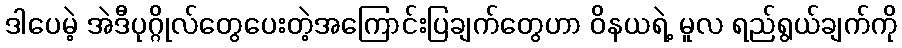
ဒါပေမဲ့ အဲဒီပုဂ္ဂိုလ်တွေပေးတဲ့အကြောင်းပြချက်တွေဟာ ဝိနယရဲ့ မူလ ရည်ရွယ်ချက်ကို